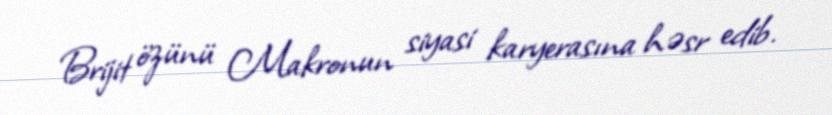
Brijit özünü Makronun siyasi karyerasına həsr edib.